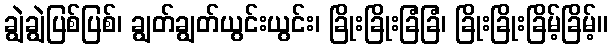
ချွဲချွဲပြစ်ပြစ်၊ ချွတ်ချွတ်ယွင်းယွင်း၊ ခြိုးခြိုးခြံခြံ၊ ခြိုးခြိုးခြိမ့်ခြိမ့်။